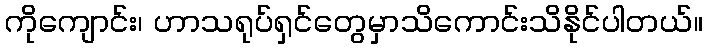
ကိုကျောင်း၊ ဟာသရုပ်ရှင်တွေမှာသိကောင်းသိနိုင်ပါတယ်။